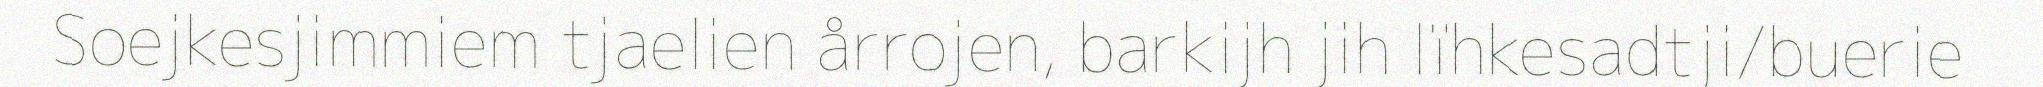
Soejkesjimmiem tjaelien årrojen, barkijh jih lïhkesadtji/buerie